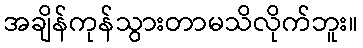
အချိန်ကုန်သွားတာမသိလိုက်ဘူး။